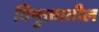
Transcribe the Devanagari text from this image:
विमुक्तातील